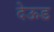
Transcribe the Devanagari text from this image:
देऊड